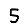
Digit: 5